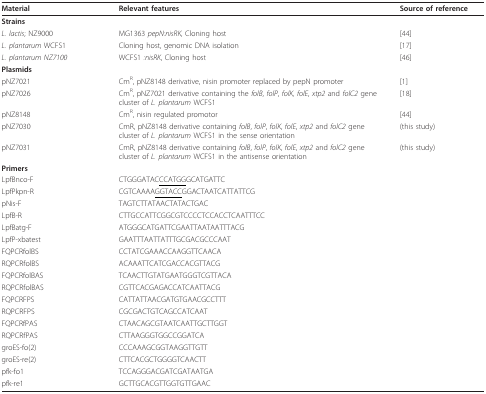
<table><thead><tr><td><b>Material</b></td><td><b>Relevant features</b></td><td><b>Source of reference</b></td></tr></thead><tbody><tr><td><b>Strains</b></td><td></td><td></td></tr><tr><td><i>L. lactis</i>; NZ9000</td><td>MG1363 <i>pepN:nisRK</i>, Cloning host</td><td>[44]</td></tr><tr><td><i>L. plantarum </i>WCFS1</td><td>Cloning host, genomic DNA isolation</td><td>[17]</td></tr><tr><td><i>L. plantarum NZ7100</i></td><td>WCFS1 <i>:nisRK</i>, Cloning host</td><td>[46]</td></tr><tr><td><b>Plasmids</b></td><td></td><td></td></tr><tr><td>pNZ7021</td><td>Cm<sup>R</sup>, pNZ8148 derivative, nisin promoter replaced by pepN promoter</td><td>[1]</td></tr><tr><td>pNZ7026</td><td>Cm<sup>R</sup>, pNZ7021 derivative containing the <i>folB</i>, <i>folP</i>, <i>folK, folE</i>, <i>xtp2 </i>and <i>folC2 </i>gene cluster of <i>L. plantarum </i>WCFS1</td><td>[18]</td></tr><tr><td>pNZ8148</td><td>Cm<sup>R</sup>, nisin regulated promotor</td><td>[44]</td></tr><tr><td>pNZ7030</td><td>CmR, pNZ8148 derivative containing <i>folB</i>, <i>folP</i>, <i>folK</i>, <i>folE</i>, <i>xtp2 </i>and <i>folC2 </i>gene cluster of <i>L. plantarum </i>WCFS1 in the sense orientation</td><td>(this study)</td></tr><tr><td>pNZ7031</td><td>CmR, pNZ8148 derivative containing <i>folB</i>, <i>folP</i>, <i>folK</i>, <i>folE</i>, <i>xtp2 </i>and <i>folC2 </i>gene cluster of <i>L. plantarum </i>WCFS1 in the antisense orientation</td><td>(this study)</td></tr><tr><td><b>Primers</b></td><td></td><td></td></tr><tr><td>LpfBnco-F</td><td>CTGGGATAC<underline>CCATGG</underline>GCATGATTC</td><td></td></tr><tr><td>LpfPkpn-R</td><td>CGTCAAAA<underline>GGTACC</underline>GGACTAATCATTATTCG</td><td></td></tr><tr><td>pNis-F</td><td>TAGTCTTATAACTATACTGAC</td><td></td></tr><tr><td>LpfB-R</td><td>CTTGCCATTCGGCGTCCCCTCCACCTCAATTTCC</td><td></td></tr><tr><td>LpfBatg-F</td><td>ATGGGCATGATTCGAATTAATAATTTACG</td><td></td></tr><tr><td>LpfP-xbatest</td><td>GAATTTAATTATTTGCGACGCCCAAT</td><td></td></tr><tr><td>FQPCRfolBS</td><td>CCTATCGAAACCAAGGTTCAACA</td><td></td></tr><tr><td>RQPCRfolBS</td><td>ACAAATTCATCGACCACGTTACG</td><td></td></tr><tr><td>FQPCRfolBAS</td><td>TCAACTTGTATGAATGGGTCGTTACA</td><td></td></tr><tr><td>RQPCRfolBAS</td><td>CGTTCACGAGACCATCAATTACG</td><td></td></tr><tr><td>FQPCRFPS</td><td>CATTATTAACGATGTGAACGCCTTT</td><td></td></tr><tr><td>RQPCRFPS</td><td>CGCGACTGTCAGCCATCAAT</td><td></td></tr><tr><td>FQPCRfPAS</td><td>CTAACAGCGTAATCAATTGCTTGGT</td><td></td></tr><tr><td>RQPCRfPAS</td><td>CTTAAGGGTGGCCGGATCA</td><td></td></tr><tr><td>groES-fo(2)</td><td>CCCAAAGCGGTAAGGTTGTT</td><td></td></tr><tr><td>groES-re(2)</td><td>CTTCACGCTGGGGTCAACTT</td><td></td></tr><tr><td>pfk-fo1</td><td>TCCAGGGACGATCGATAATGA</td><td></td></tr><tr><td>pfk-re1</td><td>GCTTGCACGTTGGTGTTGAAC</td><td></td></tr></tbody></table>